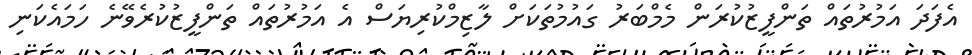
އެފަދަ އަމުރުތައް ތަންފީޒުކުރަން މެމްބަރު ގައުމުތަކަށް ލާޒިމްކުރިޔަސް އެ އަމުރުތައް ތަންފީޒުކުރެވޭނެ ހަމައެކަނި